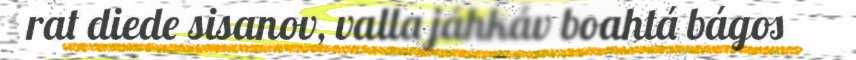
rat diede sisanov, valla jáhkáv boahtá bágos